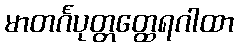
မာတင်္ဂပုတ္တတ္ထေရဂါထာ